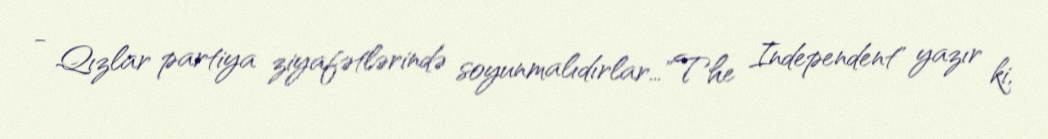
- Qızlar partiya ziyafətlərində soyunmalıdırlar…"The Independent" yazır ki,